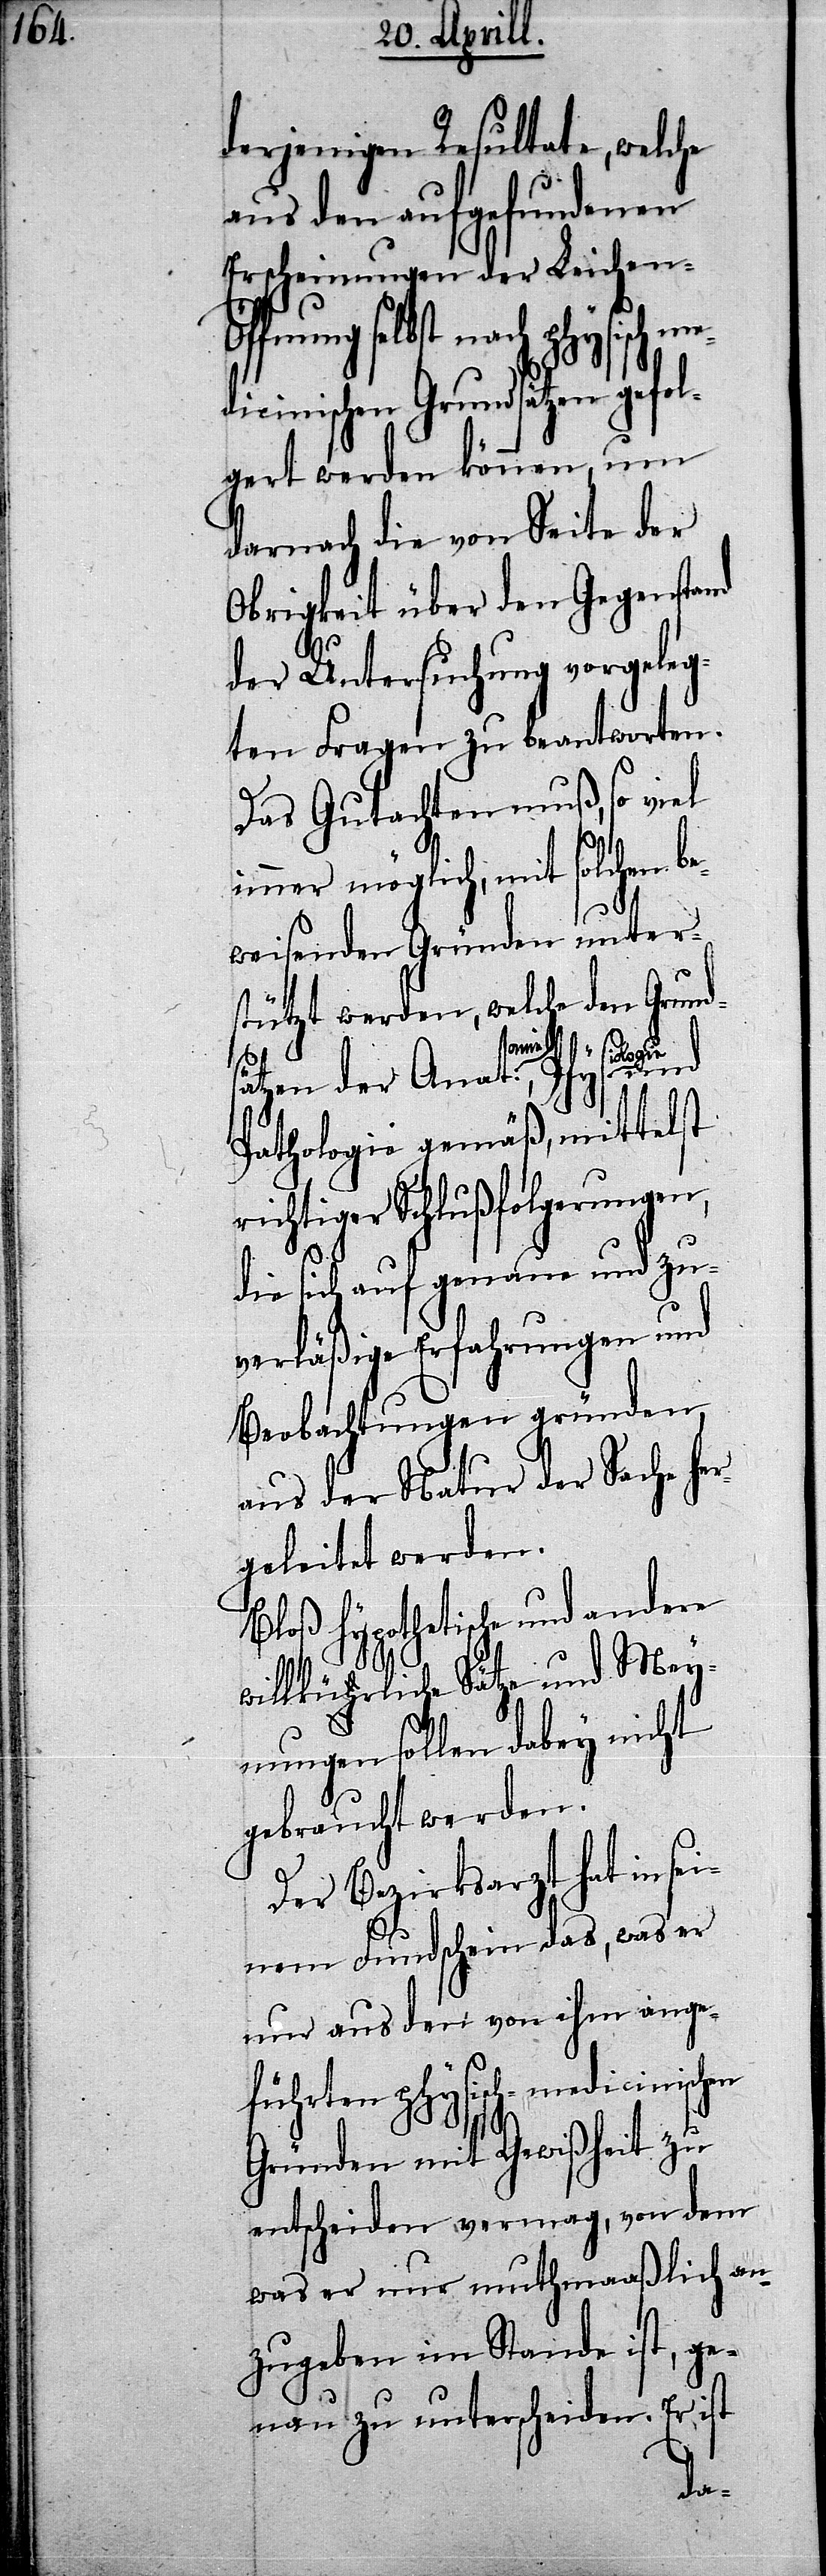
derjenigen Resultate, welche
aus den aufgefundenen
Erscheinungen der Leichen-Ö¬
fnung selbst nach phy¬
dicinischen Grundsätzen gefol¬
gert werden können, um
darnach die von Seite der
Obrigkeit über den Gegenstand
der Untersuchung vorgeleg¬
ten Fragen zu beantworten.
Das Gutachten muß, so viel
immer möglich, mit solchen b¬
weisenden Gründen unter¬
stützt werden, welche den Grund¬
e¬
küa-h-a¬
sätzen der Anata-omie-a,
Pathologie gemäß, mittelst
richtiger Schlußfolgerungen,
die sich auf genaue und zu¬
verläßige Erfahrungen und
Beobachtungen gründen,
aus der Natur der Sache her¬
geleitet werden.
Bloß hypothetische und andere
rliche Sätze und Mey¬
nungen sollen dabey nicht
gebraucht werden.
Der Bezirksarzt hat in se¬
inem Fundschein das, was er
nur aus den von ihm ange¬
führten physisch-medicinischen
Gründen mit Gewißheit zu
entscheiden vermag, von dem
was er nur muthmaaßlich an¬
zugeben im Stande ist, ge¬
nau zu unterscheiden. Er ist